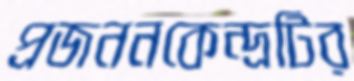
প্রজননকেন্দ্রটির